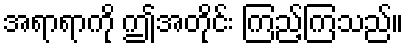
အရာရာကို ဤအတိုင်း ကြည့်ကြသည်။